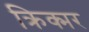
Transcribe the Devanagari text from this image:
क्रिक्मर